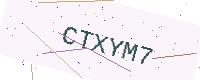
Text: CTXYM7